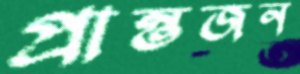
প্রান্তজন